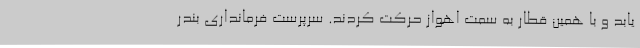
یابد و با همین قطار به سمت اهواز حرکت کردند. سرپرست فرمانداری بندر